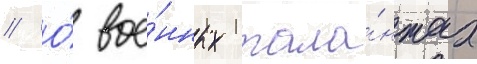
// О́ вое́нных тала́нтах